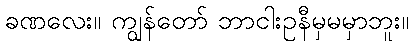
ခဏလေး။ ကျွန်တော် ဘာငါးဥနီမှမမှာဘူး။